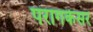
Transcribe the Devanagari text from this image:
परागकेसर